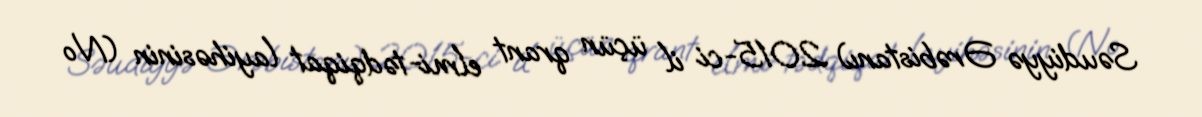
Səudiyyə Ərəbistanı) 2015-ci il üçün qrant elmi-tədqiqat layihəsinin (№